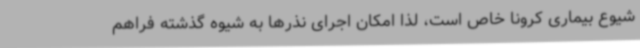
شیوع بیماری کرونا خاص است، لذا امکان اجرای نذرها به شیوه گذشته فراهم